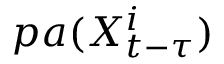
p a ( X _ { t - \tau } ^ { i } )